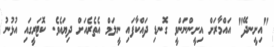
"އިށީނދޭ" އައްމާރަށް އިށީންނަންވީ ގޮނޑި ދައްކާފައި ނީލަމް އެތެރެއަށް ދިޔައެވެ. ކޮޓަރީގައި އުޅުނު